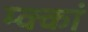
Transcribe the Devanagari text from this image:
म्क्कां